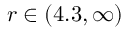
r \in ( 4 . 3 , \infty )